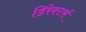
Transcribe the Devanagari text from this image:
डिरेक्टर्स